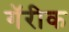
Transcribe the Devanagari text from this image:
गॅरीक